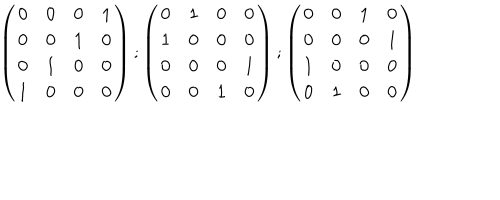
LaTeX: \left( \begin{matrix} { { 0 } } & { { 0 } } & { { 0 } } & { { 1 } } \\ { { 0 } } & { { 0 } } & { { 1 } } & { { 0 } } \\ { { 0 } } & { { 1 } } & { { 0 } } & { { 0 } } \\ { { 1 } } & { { 0 } } & { { 0 } } & { { 0 } } \\ \end{matrix} \right) ; \left( \begin{matrix} { { 0 } } & { { 1 } } & { { 0 } } & { { 0 } } \\ { { 1 } } & { { 0 } } & { { 0 } } & { { 0 } } \\ { { 0 } } & { { 0 } } & { { 0 } } & { { 1 } } \\ { { 0 } } & { { 0 } } & { { 1 } } & { { 0 } } \\ \end{matrix} \right) ; \left( \begin{matrix} { { 0 } } & { { 0 } } & { { 1 } } & { { 0 } } \\ { { 0 } } & { { 0 } } & { { 0 } } & { { 1 } } \\ { { 1 } } & { { 0 } } & { { 0 } } & { { 0 } } \\ { { 0 } } & { { 1 } } & { { 0 } } & { { 0 } } \\ \end{matrix} \right)